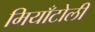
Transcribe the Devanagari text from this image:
मियाँटोली